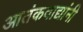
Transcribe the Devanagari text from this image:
आतंकवाद्यांनी